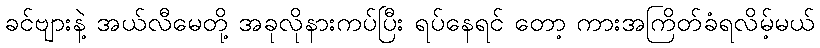
ခင်ဗျားနဲ့ အယ်လီမေတို့ အခုလိုနားကပ်ပြီး ရပ်နေရင် တော့ ကားအကြိတ်ခံရလိမ့်မယ်